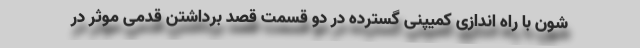
شون با راه اندازی کمیپنی گسترده در دو قسمت قصد برداشتن قدمی موثر در